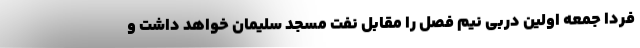
فردا جمعه اولین دربی نیم فصل را مقابل نفت مسجد سلیمان خواهد داشت و